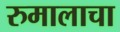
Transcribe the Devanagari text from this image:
रुमालाचा